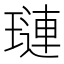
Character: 璉